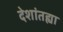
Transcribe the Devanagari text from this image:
देशांतह्या